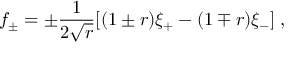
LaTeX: f _ { \pm } = \pm \frac { 1 } { 2 \sqrt { r } } [ ( 1 \pm r ) \xi _ { + } - ( 1 \mp r ) \xi _ { - } ] \; ,